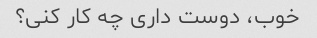
خوب، دوست داری چه کار کنی؟